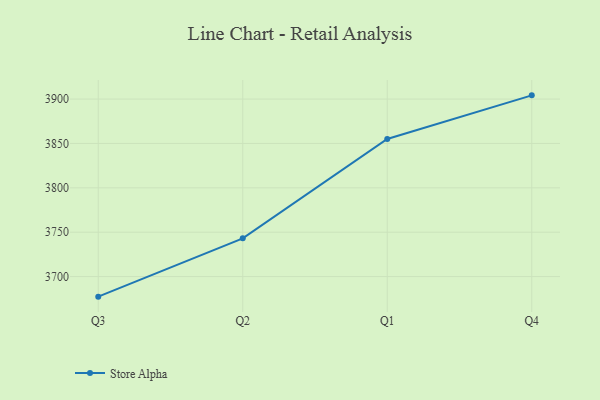
{"axis": {"x": "Quarter", "y": "Page Views"}, "legend": ["Store Alpha"], "data": [{"x": "Q3", "y": 3677.4, "type": "Store Alpha"}, {"x": "Q2", "y": 3743.1, "type": "Store Alpha"}, {"x": "Q1", "y": 3855.0, "type": "Store Alpha"}, {"x": "Q4", "y": 3904.2, "type": "Store Alpha"}]}